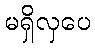
မရှိလှပေ